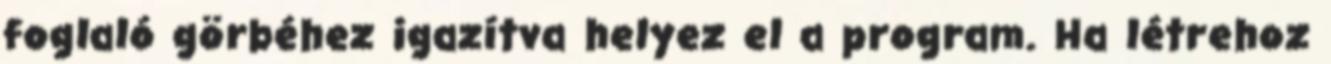
foglaló görbéhez igazítva helyez el a program. Ha létrehoz